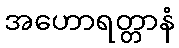
အဟောရတ္တာနံ